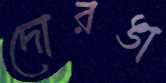
দোরঙা